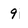
Character: 9